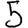
Digit: 5